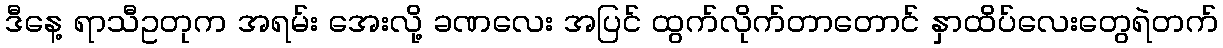
ဒီနေ့ ရာသီဥတုက အရမ်း အေးလို့ ခဏလေး အပြင် ထွက်လိုက်တာတောင် နှာထိပ်လေးတွေရဲတက်